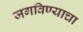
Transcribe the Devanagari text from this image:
जगविण्याचा